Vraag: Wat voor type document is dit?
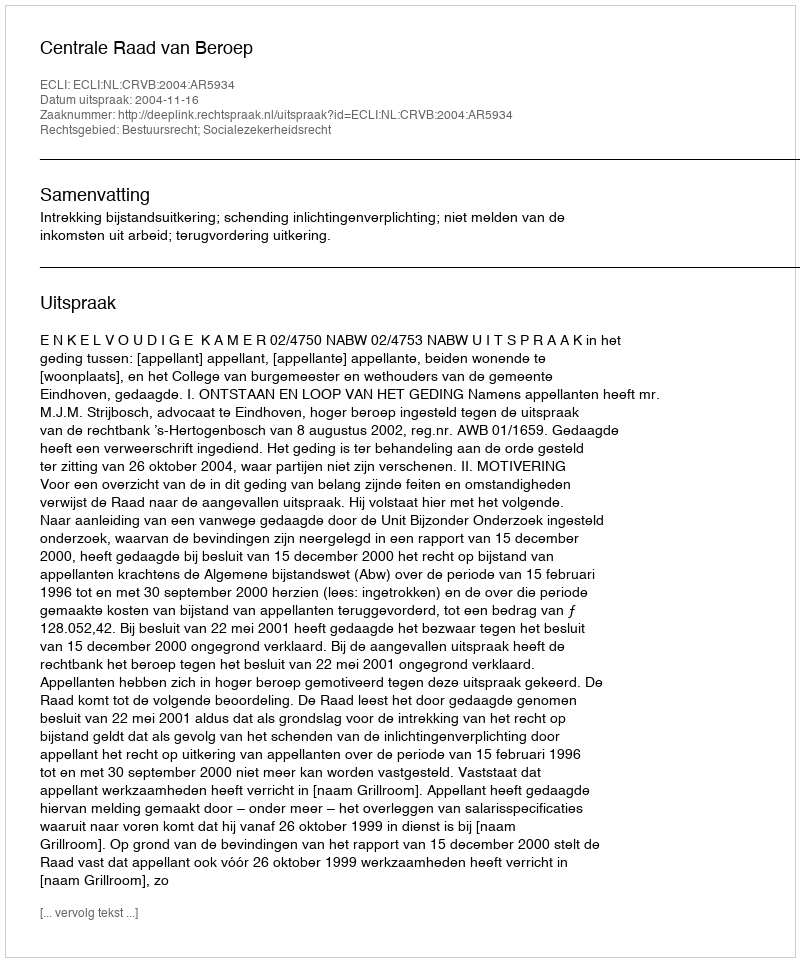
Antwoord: Uitspraak